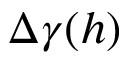
\Delta \gamma ( h )